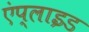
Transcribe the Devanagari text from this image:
एंप्‍लाइड